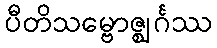
ပီတိသမ္ဗောဇ္ဈင်္ဂဿ